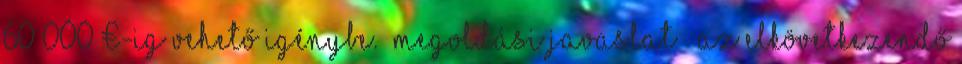
60 000 €-ig vehető igénybe.” Megoldási javaslat ▪„Az elkövetkezendő